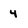
Character: 4